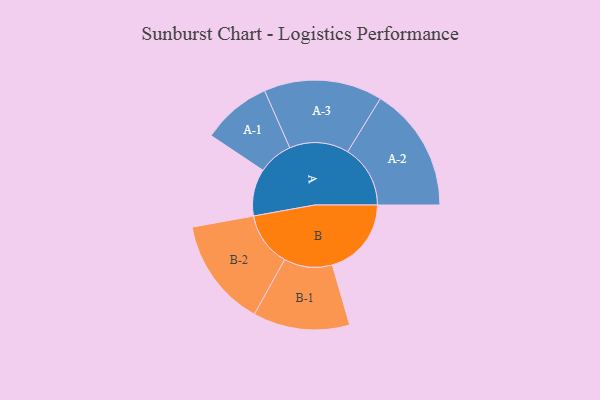
{"axis": {"x": "Segment", "y": "Value"}, "legend": ["", "A", "B"], "data": [{"x": "A", "y": 211, "type": ""}, {"x": "B", "y": 355, "type": ""}, {"x": "A-1", "y": 156, "type": "A"}, {"x": "A-2", "y": 281, "type": "A"}, {"x": "A-3", "y": 266, "type": "A"}, {"x": "B-1", "y": 217, "type": "B"}, {"x": "B-2", "y": 244, "type": "B"}]}